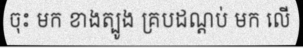
ចុះ មក ខាងត្បូង គ្របដណ្តប់ មក លើ